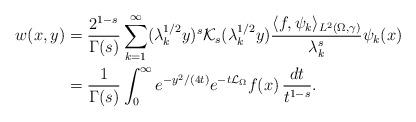
LaTeX: \begin{align*}\begin{aligned}w(x,y) &= \frac{2^{1-s}}{\Gamma(s)}\sum_{k=1}^{\infty}(\lambda_k^{1/2}y)^s\mathcal{K}_s(\lambda_k^{1/2}y)\frac{\langle f,\psi_{k}\rangle_{L^{2}(\Omega,\gamma)}}{\lambda_k^s}\psi_{k}(x) \\&= \frac{1}{\Gamma(s)}\int_{0}^{\infty}e^{-y^{2}/(4t)}e^{-t\mathcal{L}_{\Omega}}f(x)\,\frac{dt}{t^{1-s}}.\end{aligned}\end{align*}